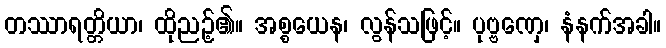
တဿာရတ္တိယာ၊ ထိုညဉ့်၏။ အစ္စယေန၊ လွန်သဖြင့်။ ပုဗ္ဗဏှေ၊ နံနက်အခါ။